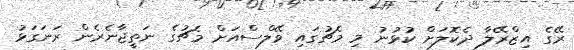
ރޭގެ އިޒްރޭލާ ދެކޮލަށް ކުޅުނު މި މެޗުގައި ވޭލްސްއަށް މެޗުގެ ނަތީޖާނެރެން ރަނަގަޅު